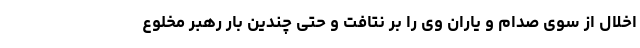
اخلال از سوی صدام و یاران وی را بر نتافت و حتی چندین بار رهبر مخلوع